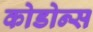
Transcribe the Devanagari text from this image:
कोडोन्स